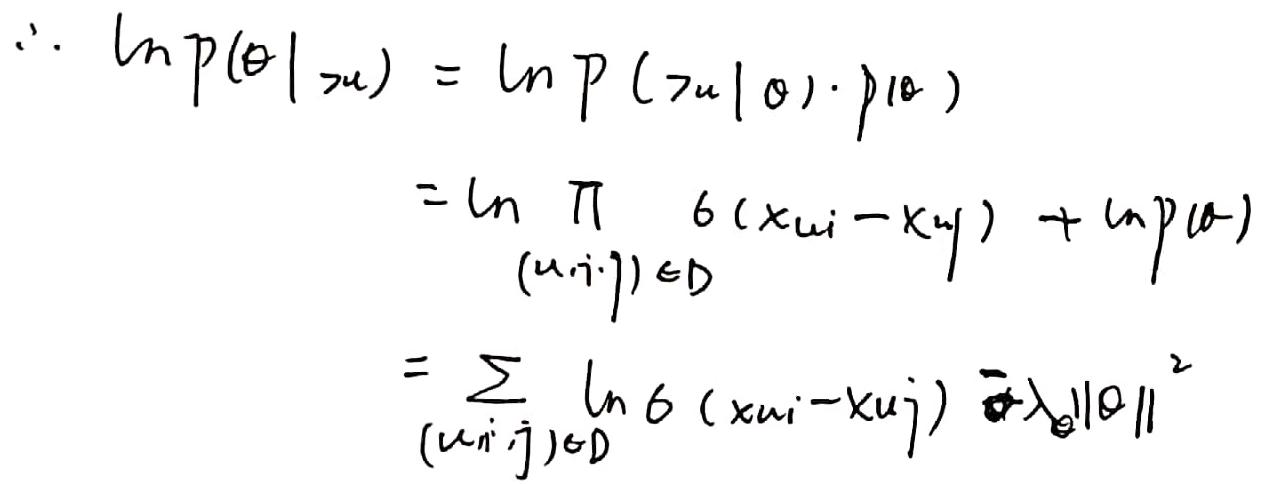
\[
\begin{align*}
\therefore \ln p(\theta | \mathcal{U})&=\ln P(\mathcal{U}|\theta)\cdot p(\theta)\\
&=\ln \prod_{(u,i,j)\in D} \delta(x_{ui}-x_{uj})+\ln p(\theta)\\
&=\sum_{(u,i,j)\in D} \ln \delta(x_{ui}-x_{uj})-\lambda_{\theta}\|\theta\|^{2}
\end{align*}
\]